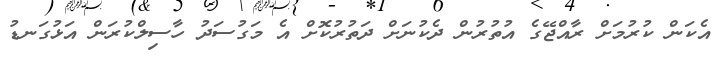
އެކަން ކުރުމަށް ރާއްޖޭގެ އުތުރުން ދެކުނަށް ދަތުރުކޮށް އެ މަގުސަދު ހާސިލްކުރަން އަޅުގަނޑު